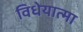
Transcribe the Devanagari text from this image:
विधेयात्मा